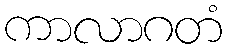
ကာလာဂတံ